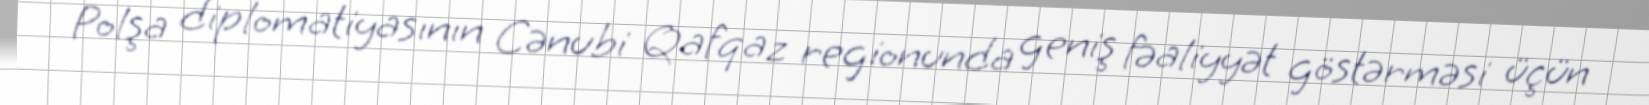
Polşa diplomatiyasının Cənubi Qafqaz regionunda geniş fəaliyyət göstərməsi üçün